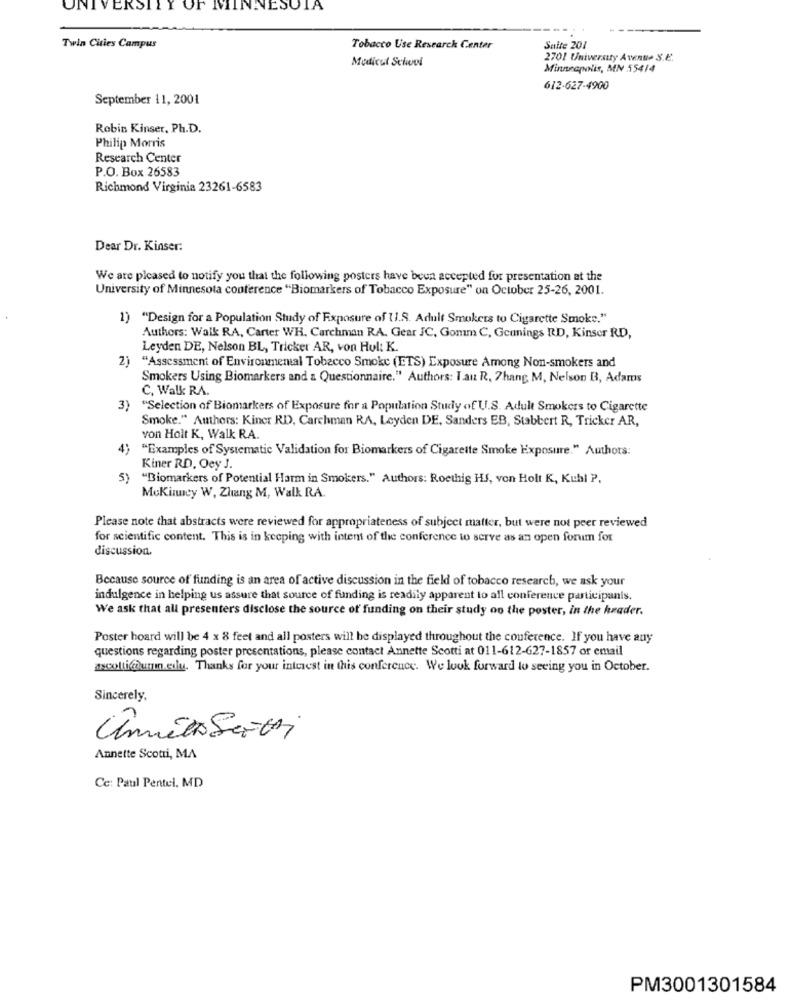
UNIVERSITY OF MINA
VESOIA
Twin Cities Campus
Tobacco Use Research Center
Suite 201
Medical School
2701 University Avenue S.E.
Minneapolis, MN 55414
612-627-4900
September 11, 2001
Robin Kinser, Ph.D.
Philip Morris
Research Center
P.O. Box 26583
Richmond Virginia 23261-6583
Dear Dr. Kinser:
We are picased to notify you that the following posters have been accepted for presentation at the
University of Minnesota conference "Biomarkers of Tobacco Exposure" on October 25-26, 2001.
1) "Design for a Population Study of Exposure of 11.S. Adult Smokers to Cigarette Smoke."
Authors: Walk RA, Carter WH. Carchman RA. Gear JC, Gomm C, Gcunings RD, Kinser RD,
Leyden DE, Nelson BL, Tricker AR, von Hul: K.
2)
"Assessment of Environmental Tobacco Smoke (ETS) Exposure Among Non-smokers and
Smokers Using Biomarkers and a Questionnaire." Authors: I au R, 7hang M, Nelson B, Adams
C, Walk RA.
3)
"Selection of Biomarkers of Exposure for a Population Study of U.S. Adult Smokers to Cigarette
Smoke." Authors: Kiner RD, Carchman RA, Leyden DE, Sanders EB, Stabbert R, Tricker AR,
von Holt K, Walk RA.
"Examples of Systematic Validation for Biomarkers of Cigarette Smoke Exposure." Authors:
Kiner RD, Oey J.
5) "Biomarkers of Potential Harm in Smokers." Authors: Rocthis HS, von Holt K, Kuhl P.
Mckinney W, Zhang M, Walk RA.
Please note that abstracts were reviewed for appropriateness of subject matter, but were not peer reviewed
for scientific content. This is in keeping with intent of the conference to serve as an open forum for
discussion.
Because source of funding is an area of active discussion in the field of tobacco research, we ask your
indulgence in helping us assure that source of funding is readily apparent to all conference participants.
We ask that all presenters disclose the source of funding on their study on the poster, in the header.
Poster hoard will be 4 x 8 feet and all posters will be displayed throughout the conference. If you have any
questions regarding poster presentations, please contact Annette Scotti at 011-612-627-1857 or email
ascolti@umn.eilu. Thanks for your interest in this conference. We look forward to seeing you in October.
Sincerely,
Ünnelas Saithi
Annette Scotti, MA
Ce: Paul Pentel. MD
PM3001301584